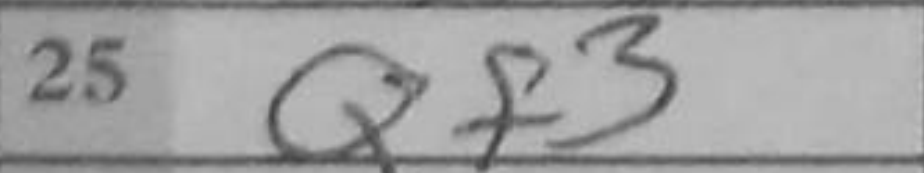
Transcription: Qf3